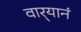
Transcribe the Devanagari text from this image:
वार्‍यानं